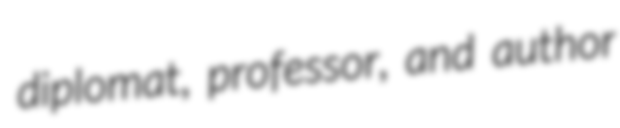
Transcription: diplomat, professor, and author